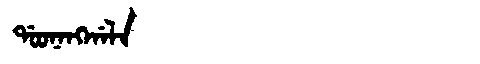
Manchu: ᡩᠣᠣᠨᠠᠩᡤᠠᠯᠠ
Romanization: DOONANGGALA